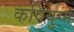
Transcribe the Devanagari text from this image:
कवियुग्म